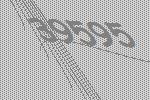
39595